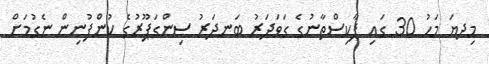
މިދޔަ މަހު 30 ގައި ޕާކިސްތާނުގެ ގަވަދަރު ބަނދަރު ސިންގަޕޫރުގެ ކުންފުނިން ނެގުމަށް